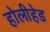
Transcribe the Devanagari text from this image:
होलीहेड